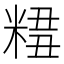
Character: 𥺣